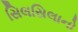
સિલસિલાનો